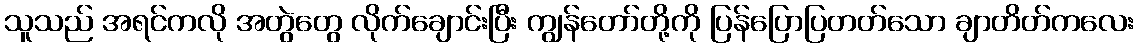
သူသည် အရင်ကလို အတွဲတွေ လိုက်ချောင်းပြီး ကျွန်တော်တို့ကို ပြန်ပြောပြတတ်သော ချာတိတ်ကလေး